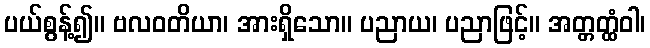
ပယ်စွန့်၍။ ဗလဝတိယာ၊ အားရှိသော။ ပညာယ၊ ပညာဖြင့်။ အတ္တတ္ထံဝါ၊